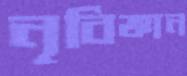
নৃবিজ্ঞান